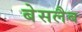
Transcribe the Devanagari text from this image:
बेसलैब